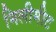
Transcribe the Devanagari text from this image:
मिलीमीट